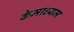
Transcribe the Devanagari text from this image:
केमाध्यम